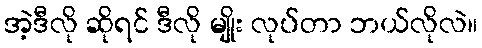
အဲ့ဒီလို ဆိုရင် ဒီလို မျိုး လုပ်တာ ဘယ်လိုလဲ။